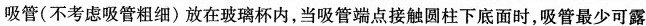
吸管(不考虑吸管粗细)放在玻璃杯内，当吸管端点接触圆柱下底面时，吸管最少可露